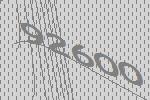
92600